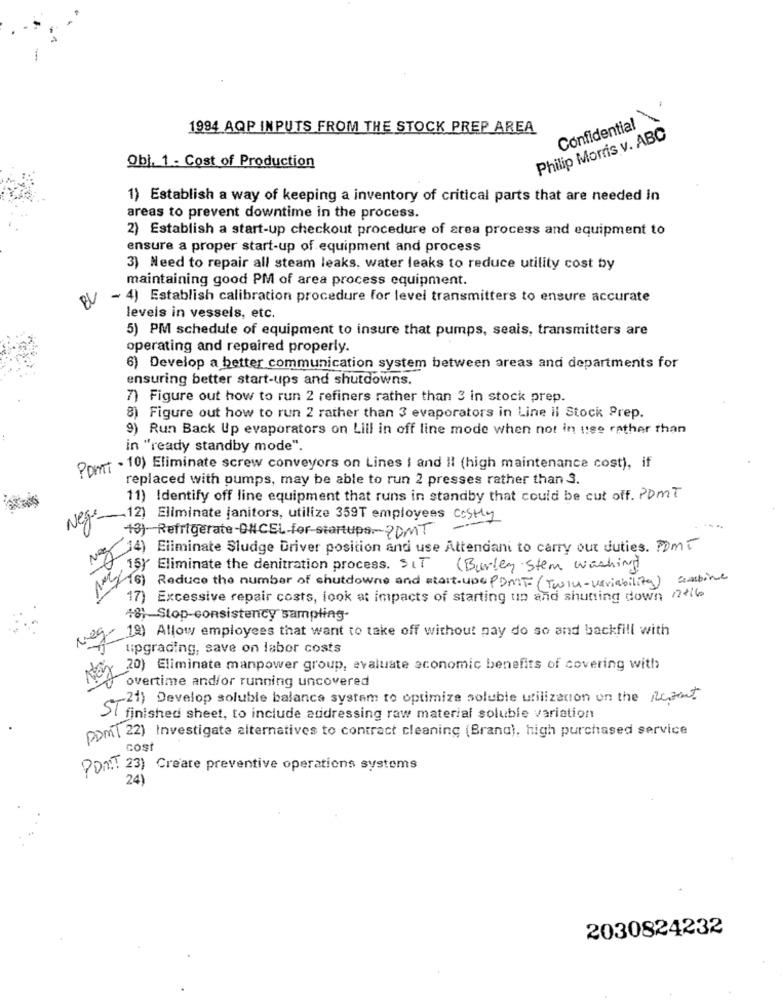
1994 AQP INPUTS FROM THE STOCK PREP AREA
Confidential
Philip Morris v. ABC
Obj. 1 - Cost of Production
1) Establish a way of keeping a inventory of critical parts that are needed in
areas to prevent downtime in the process.
2) Establish a start-up checkout procedure of crea process and equipment to
ensure a proper start-up of equipment and process
3) Need to repair all steam leaks. water leaks to reduce utility cost by
maintaining good PM of area process equipment.
- 4) Establish calibration procedure for level transmitters to ensure accurate
leveis in vessels, etc.
5) PM schedule of equipment to insure that pumps, seals, transmitters are
operating and repaired properly.
6) Develop a better communication system between areas and departments for
ensuring better start-ups and shutdowns.
7) Figure out how to run 2 refiners rather than 3 in stock prep.
8) Figure out how to run 2 rather than 3 evaporators in Line il Stock Prep.
9) Run Back Up evaporators on Lill in off line mode when not in utse rather than
in "ready standby mode".
Pont - 10) Eliminate screw conveyors on Lines I and II (high maintenance cost), if
replaced with pumps, may be able to run 2 presses rather than 3.
11) Identify off line equipment that runs in standby that could be cut off. POMT
Nej.
-12) Eliminate janitors, utilize 359T employees CASHy
+3) Refrigerate-ONCEL-for startups .? DMT
Nez
14) Eliminate Sludge Driver position and use Attendant to carry out duties. Pomi
15) Eliminate the denitration process. SIT (Burley Stem washing)
(6) Reduce the number of shutdowne and start-upe PDMIT (Twill-variability) ausbine
17) Excessive repair costs, look at impacts of starting up and shutting down 2+16
48 Stop-consistency sampling-
19) Allow employees that want to take off without pay do so and backfill with
upgrading, save on labor costs
20) Eliminate manpower group, evaluate economic benefits of covering with
overtime andfor running uncovered
~21) Develop soluble balance system to optimize soluble utilization on the Regent
SI finished sheet, to include addressing raw material soluble variation
DDMT 22) Investigate alternatives to contract cleaning (Brana), high purchased service
cost
PDMT 23) Create preventive operations systems
24)
2030824232